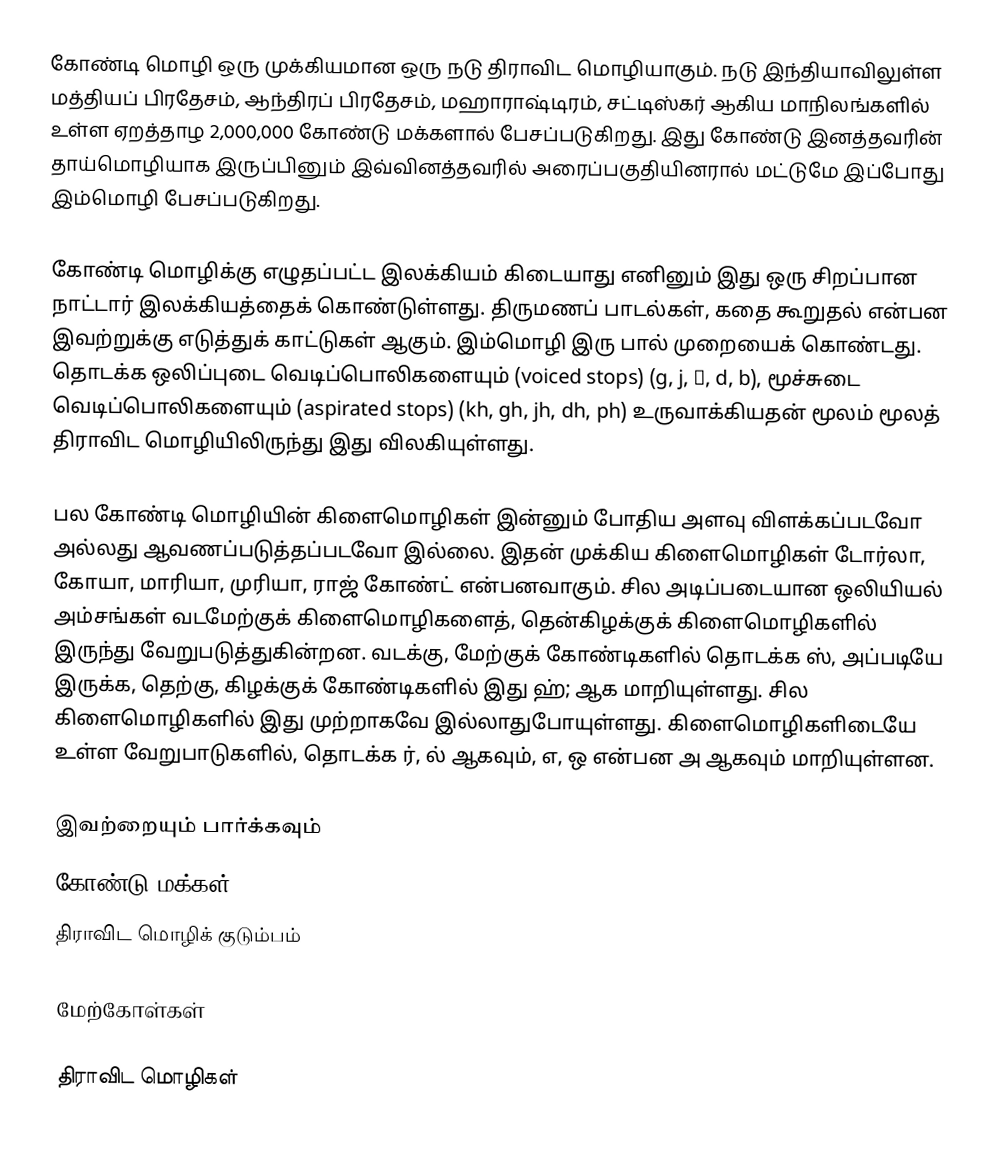
கோண்டி மொழி ஒரு முக்கியமான ஒரு நடு  திராவிட மொழியாகும். நடு இந்தியாவிலுள்ள மத்தியப் பிரதேசம், ஆந்திரப் பிரதேசம், மஹாராஷ்டிரம், சட்டிஸ்கர் ஆகிய மாநிலங்களில் உள்ள ஏறத்தாழ 2,000,000  கோண்டு மக்களால்  பேசப்படுகிறது.  இது கோண்டு இனத்தவரின் தாய்மொழியாக இருப்பினும் இவ்வினத்தவரில் அரைப்பகுதியினரால் மட்டுமே இப்போது இம்மொழி பேசப்படுகிறது.

கோண்டி மொழிக்கு எழுதப்பட்ட இலக்கியம் கிடையாது எனினும் இது ஒரு சிறப்பான நாட்டார் இலக்கியத்தைக் கொண்டுள்ளது. திருமணப் பாடல்கள், கதை கூறுதல் என்பன இவற்றுக்கு எடுத்துக் காட்டுகள் ஆகும். இம்மொழி இரு பால் முறையைக் கொண்டது. தொடக்க ஒலிப்புடை வெடிப்பொலிகளையும் (voiced stops) (g, j, ḍ, d, b), மூச்சுடை வெடிப்பொலிகளையும் (aspirated stops) (kh, gh, jh, dh, ph) உருவாக்கியதன் மூலம் மூலத் திராவிட மொழியிலிருந்து இது விலகியுள்ளது.

பல கோண்டி மொழியின் கிளைமொழிகள் இன்னும் போதிய அளவு விளக்கப்படவோ அல்லது ஆவணப்படுத்தப்படவோ இல்லை. இதன் முக்கிய கிளைமொழிகள் டோர்லா, கோயா, மாரியா, முரியா, ராஜ் கோண்ட் என்பனவாகும். சில அடிப்படையான ஒலியியல் அம்சங்கள் வடமேற்குக் கிளைமொழிகளைத், தென்கிழக்குக் கிளைமொழிகளில் இருந்து வேறுபடுத்துகின்றன. வடக்கு, மேற்குக் கோண்டிகளில் தொடக்க ஸ், அப்படியே இருக்க, தெற்கு, கிழக்குக் கோண்டிகளில் இது ஹ்; ஆக மாறியுள்ளது. சில கிளைமொழிகளில் இது முற்றாகவே இல்லாதுபோயுள்ளது. கிளைமொழிகளிடையே உள்ள வேறுபாடுகளில், தொடக்க ர், ல் ஆகவும், எ, ஒ என்பன அ ஆகவும் மாறியுள்ளன.

இவற்றையும் பார்க்கவும்
 கோண்டு மக்கள்
 திராவிட மொழிக் குடும்பம்

மேற்கோள்கள்

திராவிட மொழிகள்